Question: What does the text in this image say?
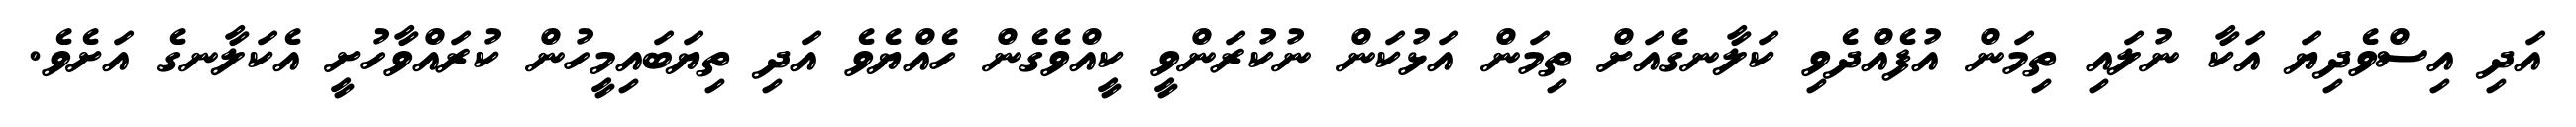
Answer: އަދި އިސްވެދިޔަ އަކާ ނުލައި ތިމަން އުފެއްދެވި ކަލާނގެއަށް ތިމަން އަޅުކަން ނުކުރަންވީ ކީއްވެގެން ހެއްޔެވެ އަދި ތިޔަބައިމީހުން ކުރައްވާހުށީ އެކަލާނގެ އަށެވެ.